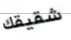
شقيقك